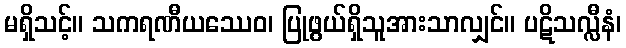
မရှိသင့်။ သကရဏီယဿေဝ၊ ပြုဖွယ်ရှိသူအားသာလျှင်။ ပဋိသလ္လီနံ၊